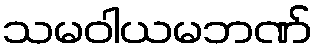
သမဝါယမဘဏ်